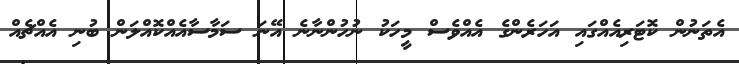
އެތަނުން ކޮޓަރިއެއްގައި އަހަރެންގެ އެއްވެސް މީހަކު ނުހުންނާނެ އޭނަ ސަމާސާއެއްކޮއްލަން ބުނި އެއްޗެއް